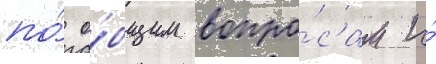
по́ о́бщим вопро́сам и́